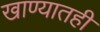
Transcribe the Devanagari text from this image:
खाण्यातही